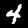
Digit: 4